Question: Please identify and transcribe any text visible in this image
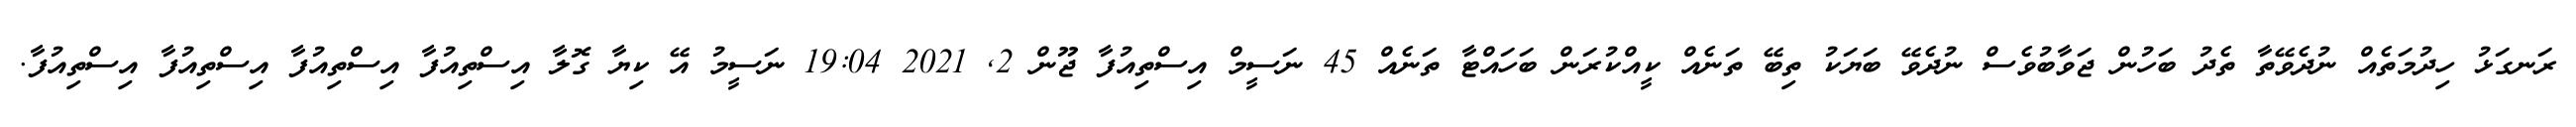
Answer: ރަނގަޅު ހިދުމަތެއް ނުދެވޭތާ ތެދު ބަހުން ޖަވާބުވެސް ނުދެވޭ ބަޔަކު ތިބޭ ތަނެއް ކީއްކުރަން ބަހައްޓާ ތަނެއް 45 ނަސީމް އިސްތިއުފާ ޖޫން 2, 2021 19:04 ނަސީމު އޭ ކިޔާ ގޮލާ އިސްތިއުފާ އިސްތިއުފާ އިސްތިއުފާ އިސްތިއުފާ.